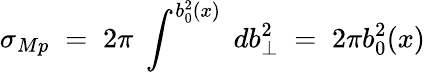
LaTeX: \sigma_{Mp}\; =\; 2\pi\; \int^{b_{0}^{2}(x)}\; db_{\perp}^{2}\; =\; 2\pi b_{0}^{2}(x)